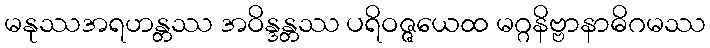
မနုဿအရဟန္တဿ အဝိန္ဒန္တဿ ပရိဝဇ္ဇယေထ မဂ္ဂနိဗ္ဗာနာဓိဂမဿ